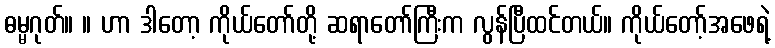
ဓမ္မဂုတ်။ ။ ဟာ ဒါတော့ ကိုယ်တော်တို့ ဆရာတော်ကြီးက လွန်ပြီထင်တယ်။ ကိုယ်တော့်အဖေရဲ့